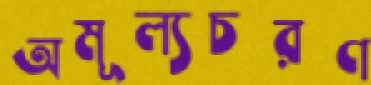
অমূল্যচরণ